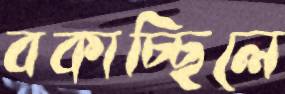
বকাচ্ছিলে